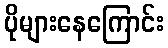
ပိုများနေကြောင်း